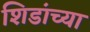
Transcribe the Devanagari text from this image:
शिडांच्या